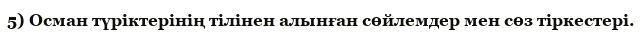
5) Осман түріктерінің тілінен алынған сөйлемдер мен сөз тіркестері.